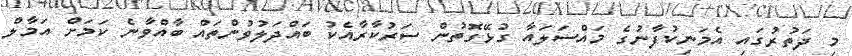
މި ދަތުރުގައި އެމަނިކުފާނުގެ މައްސަލައާ ގުޅޭގޮތުން ސަރުކާރާއެކު ބައްދަލުވުންތައް ބާއްވާނެ ކަމަށް އަމާލް